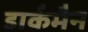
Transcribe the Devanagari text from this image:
डार्कमैन